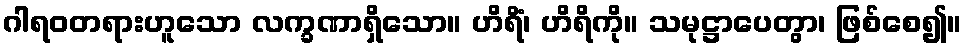
ဂါရဝတရားဟူသော လက္ခဏာရှိသော။ ဟိရိံ၊ ဟိရိကို။ သမုဋ္ဌာပေတွာ၊ ဖြစ်စေ၍။